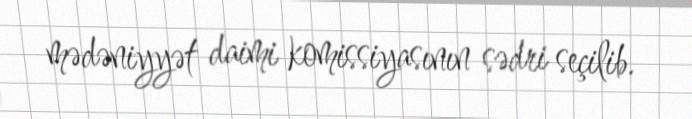
mədəniyyət daimi komissiyasının sədri seçilib.